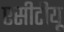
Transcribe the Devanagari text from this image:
एसीटीयू